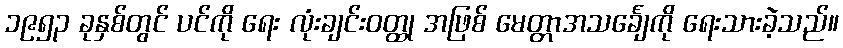
၁၉၅၃ ခုနှစ်တွင် ပင်ကို ရေး လုံးချင်းဝတ္ထု အဖြစ် မေတ္တာအသင်္ချေကို ရေးသားခဲ့သည်။